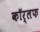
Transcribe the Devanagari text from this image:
कॉर्लफ